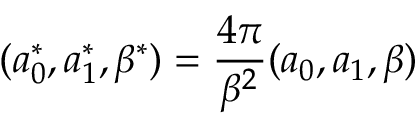
( a _ { 0 } ^ { * } , a _ { 1 } ^ { * } , \beta ^ { * } ) = \frac { 4 \pi } { \beta ^ { 2 } } ( a _ { 0 } , a _ { 1 } , \beta )